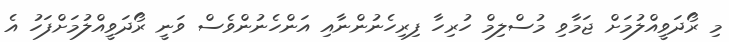
މި ރޯދަވީއްލުމަށް ޖަމާވި މުސްލިމް ހުރިހާ ފިރިހެނުންނާއި އަންހެނުންވެސް ވަނީ ރޯދަވީއްލުމަށްފަހު އެ